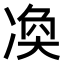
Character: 𠗫